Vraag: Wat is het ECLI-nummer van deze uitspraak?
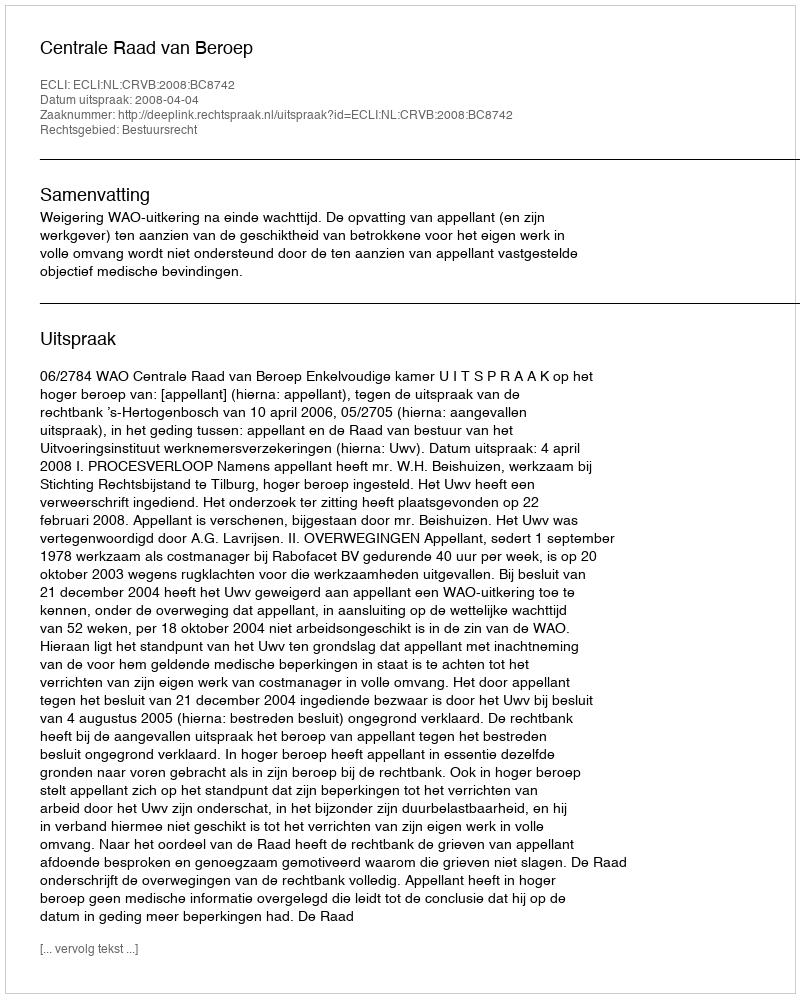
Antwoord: ECLI:NL:CRVB:2008:BC8742